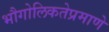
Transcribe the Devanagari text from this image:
भौगोलिकतेप्रमाणे